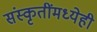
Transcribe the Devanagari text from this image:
संस्कृतींमध्येही